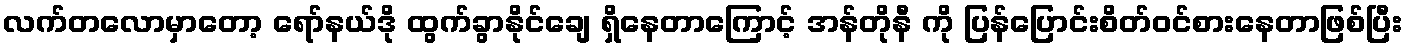
လက်တလောမှာတော့ ရော်နယ်ဒို ထွက်ခွာနိုင်ချေ ရှိနေတာကြောင့် အန်တိုနီ ကို ပြန်ပြောင်းစိတ်ဝင်စားနေတာဖြစ်ပြီး